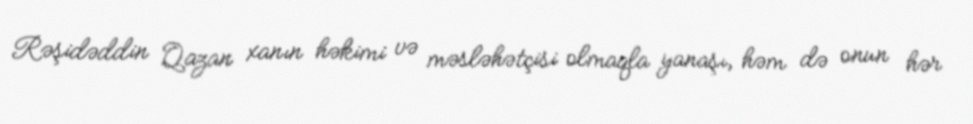
Rəşidəddin Qazan xanın həkimi və məsləhətçisi olmaqla yanaşı, həm də onun hər